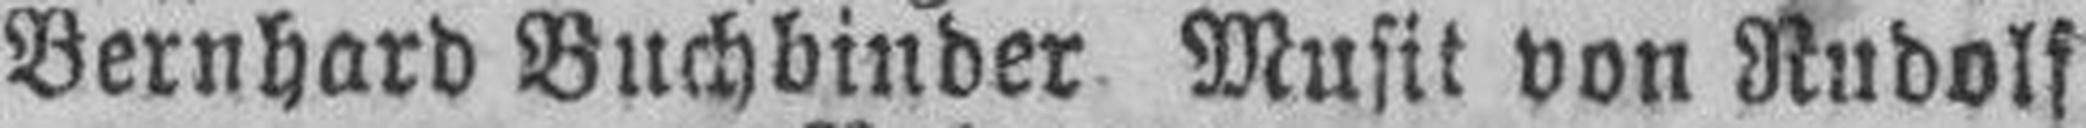
Bernhard Buchbinder Musik von Rudolf